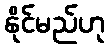
နိုင်မည်ဟု